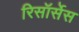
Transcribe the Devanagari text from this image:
रिसॉर्सेस